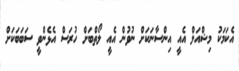
އެކަމަކު މިޝްއަލް އެއީ އިންސާނަކަށް ނުވުން އެއީ ލޯތްބަށް ހުރަސް އެޅެންވީ ސަބަބަކަށް